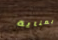
بعناية